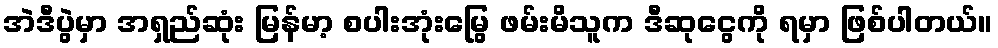
အဲဒီပွဲမှာ အရှည်ဆုံး မြန်မာ့ စပါးအုံးမြွေ ဖမ်းမိသူက ဒီဆုငွေကို ရမှာ ဖြစ်ပါတယ်။